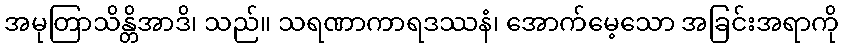
အမုတြာသိန္တိအာဒိ၊ သည်။ သရဏာကာရဒဿနံ၊ အောက်မေ့သော အခြင်းအရာကို